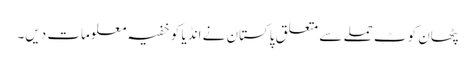
پٹھان کوٹ حملے سے متعلق پاکستان نے انڈیا کو خفیہ معلومات دیں۔